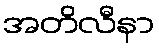
အတိလီနာ